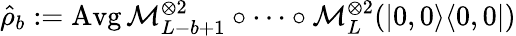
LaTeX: {\hat{\rho}}_{b}:=\operatorname{Avg}\mathcal{M}_{L-b+1}^{\otimes 2}\circ\dotsb\circ\mathcal{M}_{L}^{\otimes 2}(|0,0\rangle\langle 0,0|)